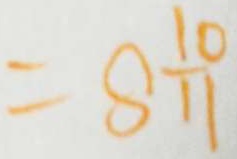
= 8 \frac { 1 0 } { 1 1 }